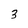
Character: 3